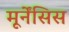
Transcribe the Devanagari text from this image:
मूर्नेंसिस